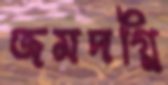
জমদগ্নি